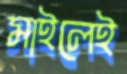
মাইলেই